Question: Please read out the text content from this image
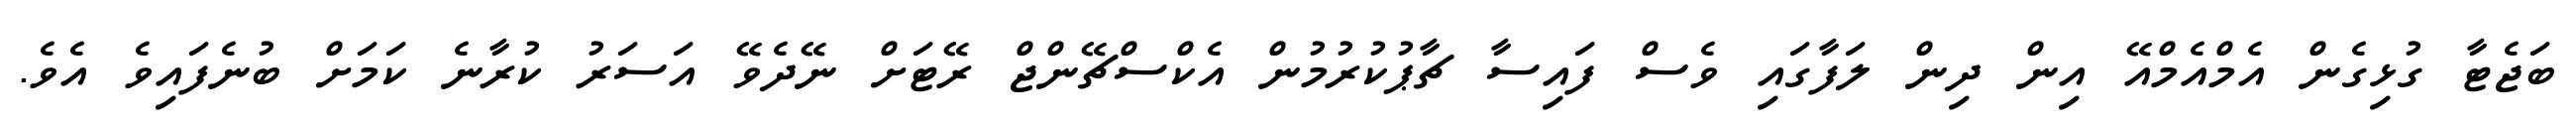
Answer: ބަޖެޓާ ގުޅިގެން އެމްއެމްއޭ އިން ދިން ލަފާގައި ވެސް ފައިސާ ޗާޕުކުރުމުން އެކްސްޗޭންޖް ރޭޓަށް ނޭދެވޭ އަސަރު ކުރާނެ ކަމަށް ބުނެފައިވެ އެވެ.